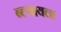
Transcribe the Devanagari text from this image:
ब्ल्यायला